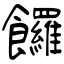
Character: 饠